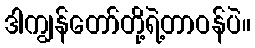
ဒါကျွန်တော်တို့ရဲ့တာဝန်ပဲ။